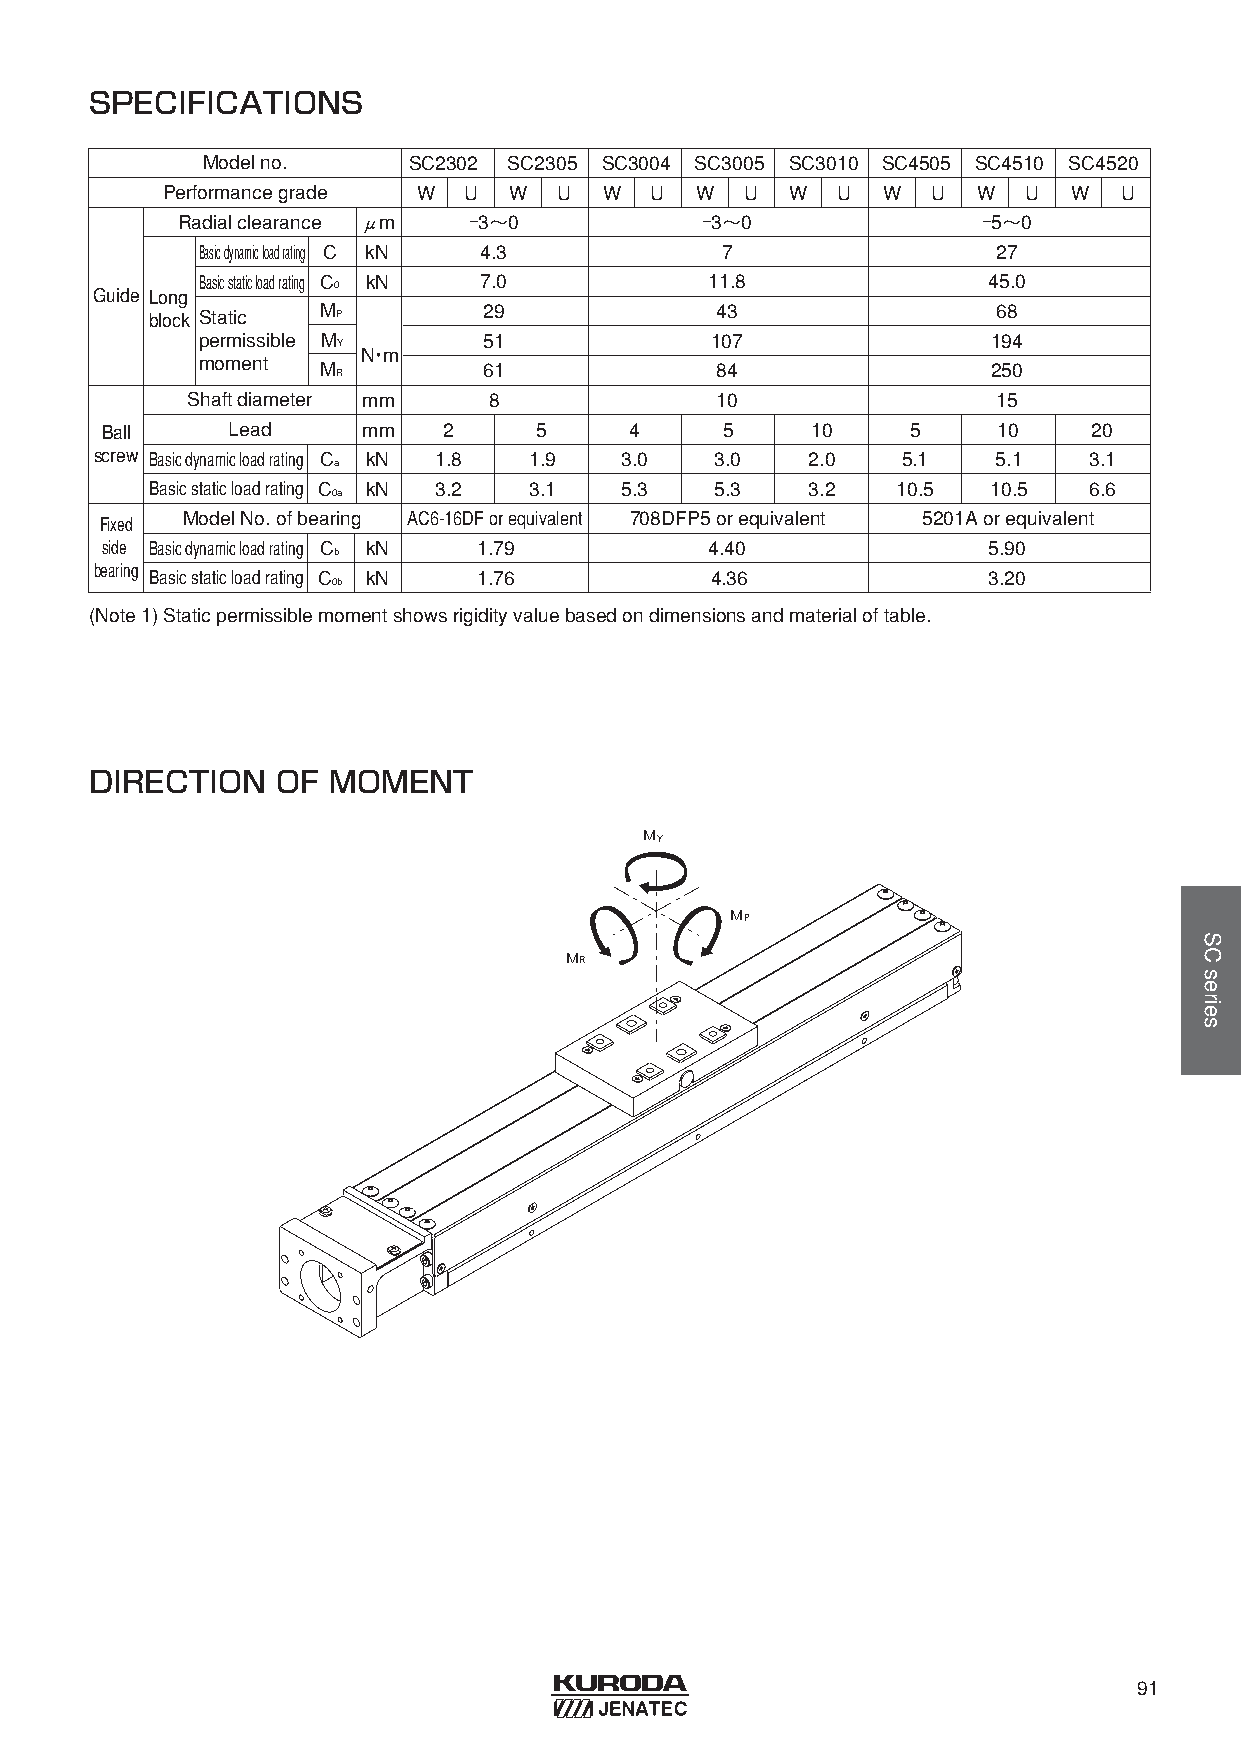
SPECIFICATIONS
 Model no.     SC2302 SC2305 SC3004 SC3005 SC3010 SC4505 SC4510 SC4520
 Performance grade W U  W  U  W  U  W  U  W  U  W   U  W  U  W  U
 Radial clearance μm −3〜0          −3〜0               −5〜0
 Basic dynamic load rating C kN 4.3 7                 27
 Basic static load rating C kN 7.0 11.8              45.0
 Guide Long      0
 block Static M P      29             43                 68
 permissible M Y    51             107                194
 N・m
 moment  M R        61             84                 250
 Shaft diameter mm   8              10                 15
 Ball    Lead     mm   2     5      4     5     10    5     10    20
 screw Basic dynamic load rating C kN 1.8 1.9 3.0 3.0 2.0 5.1 5.1  3.1
 a
 Basic static load rating C kN 3.2 3.1 5.3 5.3 3.2 10.5  10.5  6.6
 0a
 Fixed Model No. of bearing AC6-16DF or equivalent 708DFP5 or equivalent 5201A or equivalent
 side Basic dynamic load rating C kN 1.79 4.40             5.90
 b
 bearing
 Basic static load rating C kN 1.76   4.36              3.20
 0b
 (Note1) Staticpermissiblemomentshowsrigidityvaluebasedondimensionsandmaterialoftable.
 DIRECTION   OF  MOMENT
 ＭＹ
 ＭＰ
 ＭＲ
 91
 SCseries